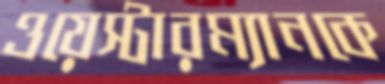
ওয়েস্টারম্যানকে